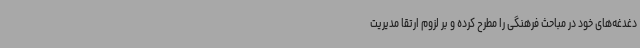
دغدغه‌های خود در مباحث فرهنگی را مطرح کرده و بر لزوم ارتقا مدیریت